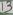
Text: 13